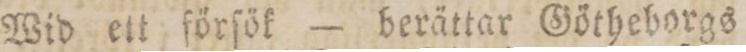
Wid ett förſök — berättar Götheborgs